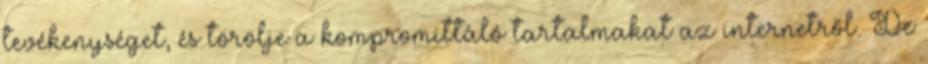
tevékenységet, és törölje a kompromittáló tartalmakat az internetről. De